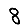
Digit: 8